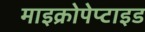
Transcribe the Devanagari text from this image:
माइक्रोपेप्टाइड